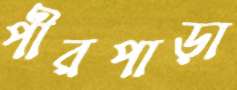
পীরপাড়া